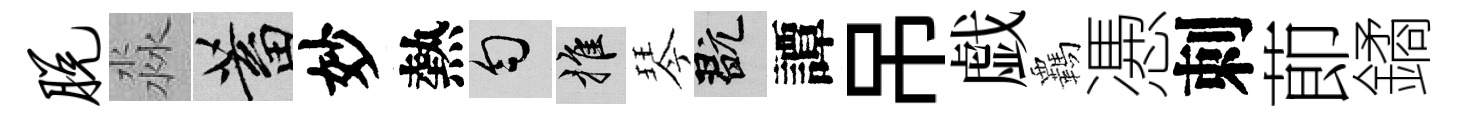
脱淼蓄妙熱匀推琴玩譚吊戯覊慿刺莭鐍